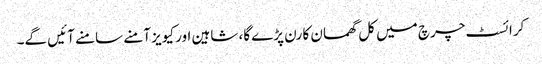
کرائسٹ چرچ میں کل گھمسان کا رن پڑے گا، شاہین اور کیویز آمنے سامنے آئیں گے۔